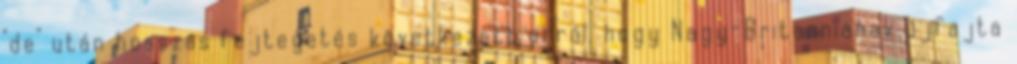
"de" után hosszas fejtegetés következett arról, hogy Nagy-Britanniának újfajta